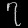
Digit: ၇